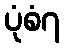
ပုံစံ၇